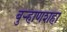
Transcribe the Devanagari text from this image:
बुऱ्हाणशहा